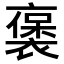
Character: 𬡭